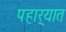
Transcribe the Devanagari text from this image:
पहार्‍यात